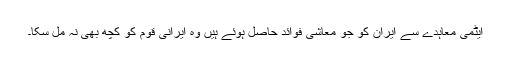
ایٹمى معاہدے سے ایران کو جو معاشى فوائد حاصل ہوئے ہیں وه ایرانى قوم کو کچھ بهى نہ مل سکا۔